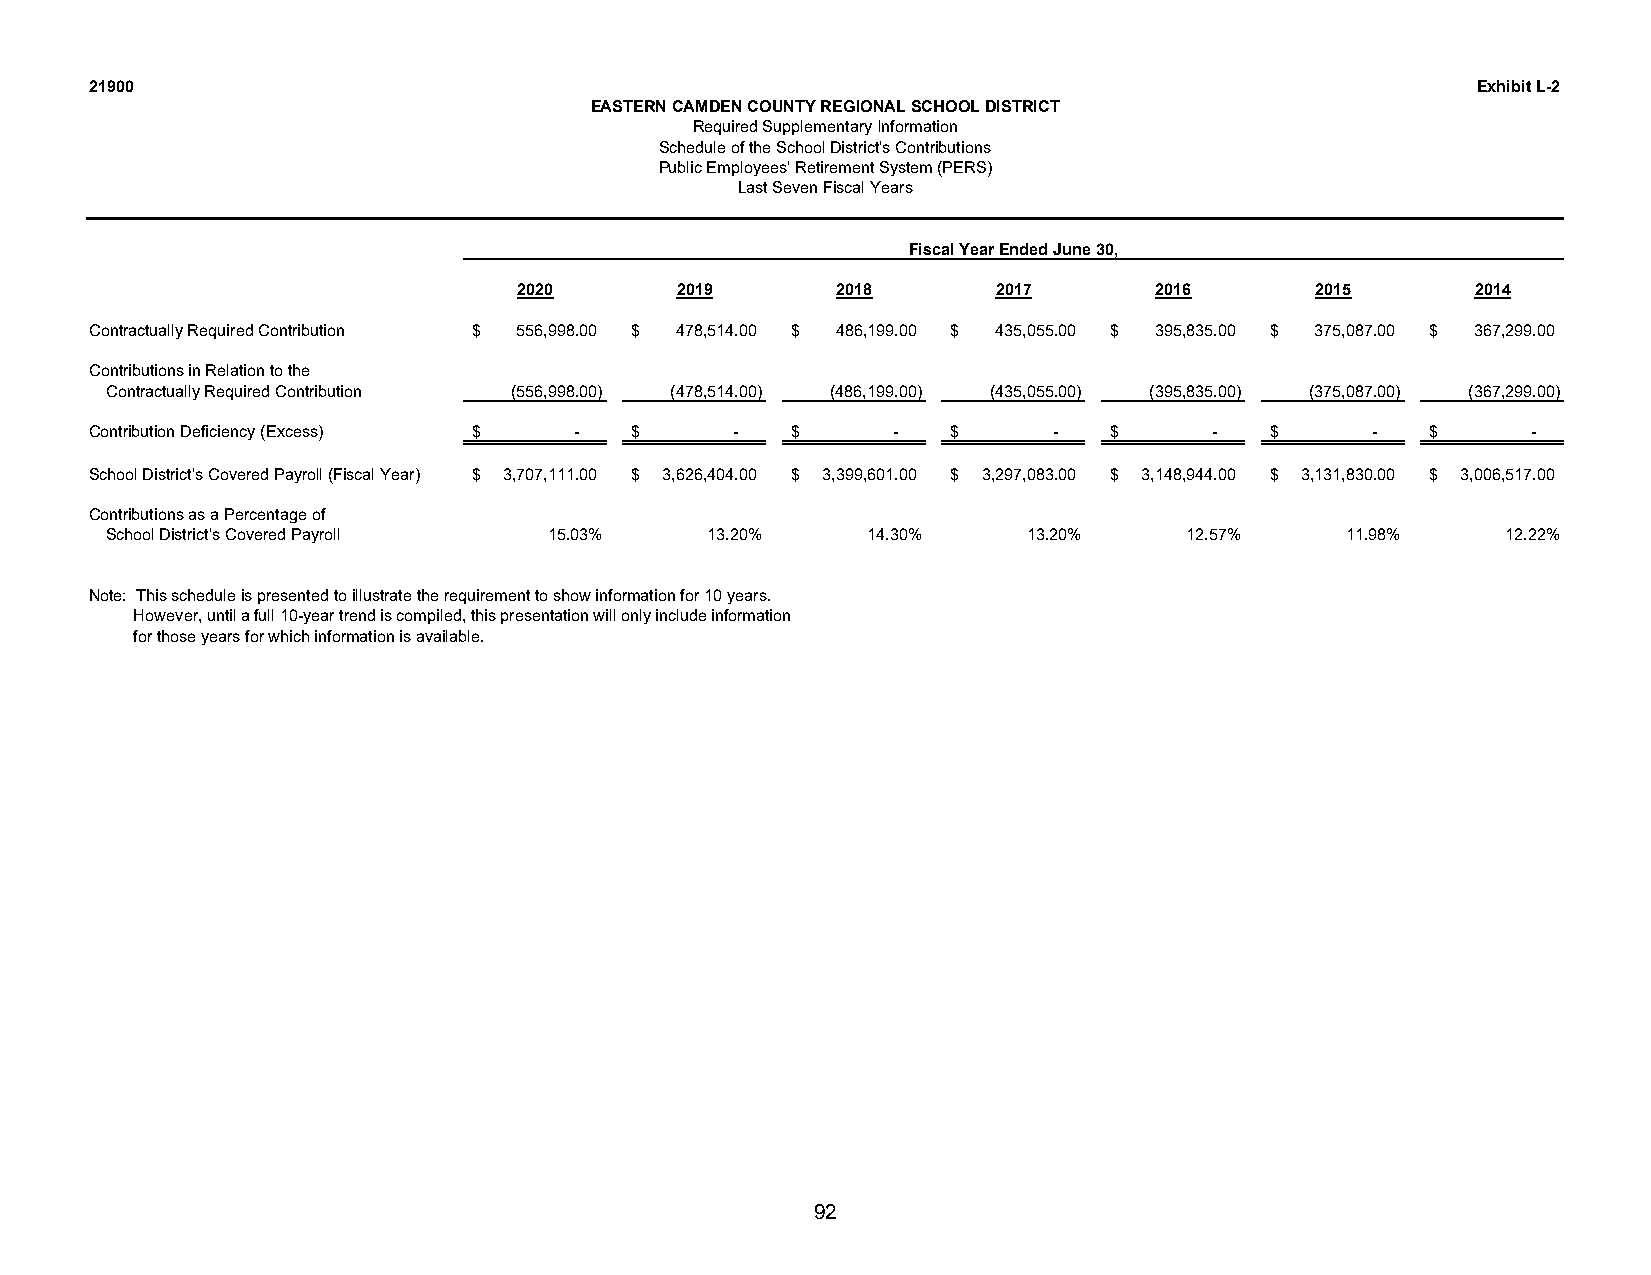
21900                                                                                       Exhibit L-2
 EASTERN CAMDEN COUNTY REGIONAL SCHOOL DISTRICT
 Required Supplementary Information
 Schedule of the School District's Contributions
 Public Employees' Retirement System (PERS)
 Last Seven Fiscal Years
 Fiscal Year Ended June 30,
 2020       2019      2018       2017      2016       2015       2014
 Contractually Required Contribution $ 556,998.00 $ 478,514.00 $ 486,199.00 $ 435,055.00 $ 395,835.00 $ 375,087.00 $ 367,299.00
 Contributions in Relation to the
 Contractually Required Contribution (556,998.00) (478,514.00) (486,199.00) (435,055.00) (395,835.00) (375,087.00) (367,299.00)
 Contribution Deficiency (Excess) $ - $     -  $      -   $      -  $      -   $      -   $     -
 School District's Covered Payroll (Fiscal Year) $ 3,707,111.00 $ 3,626,404.00 $ 3,399,601.00 $ 3,297,083.00 $ 3,148,944.00 $ 3,131,830.00 $ 3,006,517.00
 Contributions as a Percentage of
 School District's Covered Payroll 15.03% 13.20%   14.30%     13.20%    12.57%     11.98%     12.22%
 Note: This schedule is presented to illustrate the requirement to show information for 10 years.
 However, until a full 10-year trend is compiled, this presentation will only include information
 for those years for which information is available.
 92